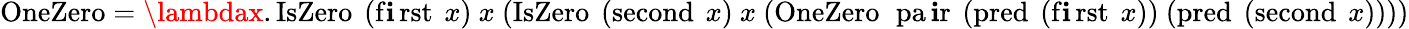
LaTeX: \operatorname{OneZero}=\lambdax.\operatorname{IsZero}\ (\operatorname{f\mathbf{i}rst}\ x)\ x\ (\operatorname{IsZero}\ (\operatorname{second}\ x)\ x\ (\operatorname{OneZero}\ \operatorname{pa\mathbf{i}r}\ (\operatorname{pred}\ (\operatorname{f\mathbf{i}rst}\ x))\ (\operatorname{pred}\ (\operatorname{second}\ x))))